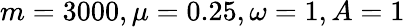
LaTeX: m=3000,\mu=0.25,\omega=1,A=1